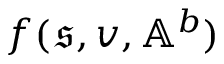
f ( \mathfrak { s } , v , \mathbb { A } ^ { b } )